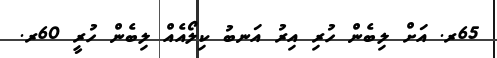
65ރ. އަށް ލިބެން ހުރި އިރު އަނބު ކިލޯއެއް ލިބެން ހުރީ 60ރ.